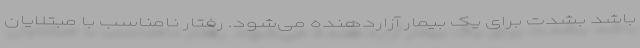
باشد بشدت برای یک بیمار آزاردهنده می‌شود. رفتار نامناسب با مبتلایان